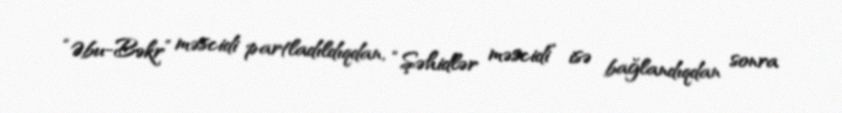
“Əbu-Bəkr” məscidi partladıldıqdan, “Şəhidlər məscidi” isə bağlandıqdan sonra